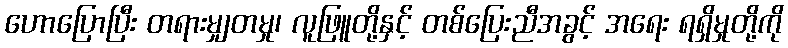
ဟောပြောပြီး တရားမျှတမှု၊ လူဖြူတို့နှင့် တစ်ပြေးညီအခွင့် အရေး ရရှိမှုတို့ကို